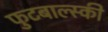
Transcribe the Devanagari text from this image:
फुटबाल्स्की